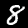
Label: 8